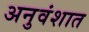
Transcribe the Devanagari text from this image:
अनुवंशात